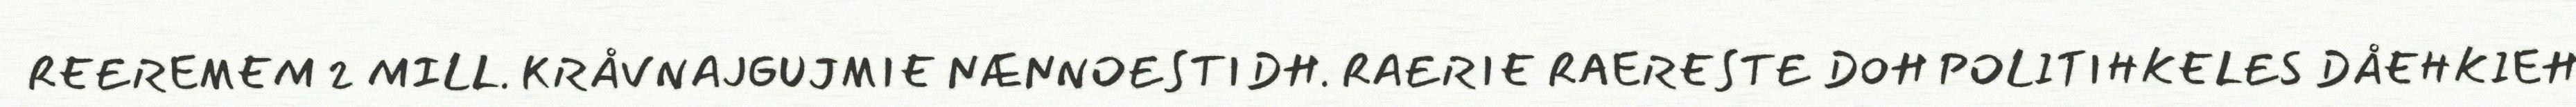
REEREMEM 2 MILL. KRÅVNAJGUJMIE NÆNNOESTIDH. RAERIE RAERESTE DOH POLITIHKELES DÅEHKIEH